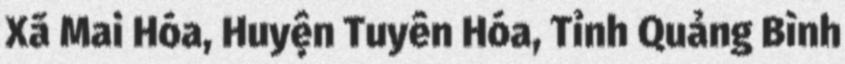
Xã Mai Hóa, Huyện Tuyên Hóa, Tỉnh Quảng Bình